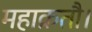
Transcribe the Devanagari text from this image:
महाक्रतौ।